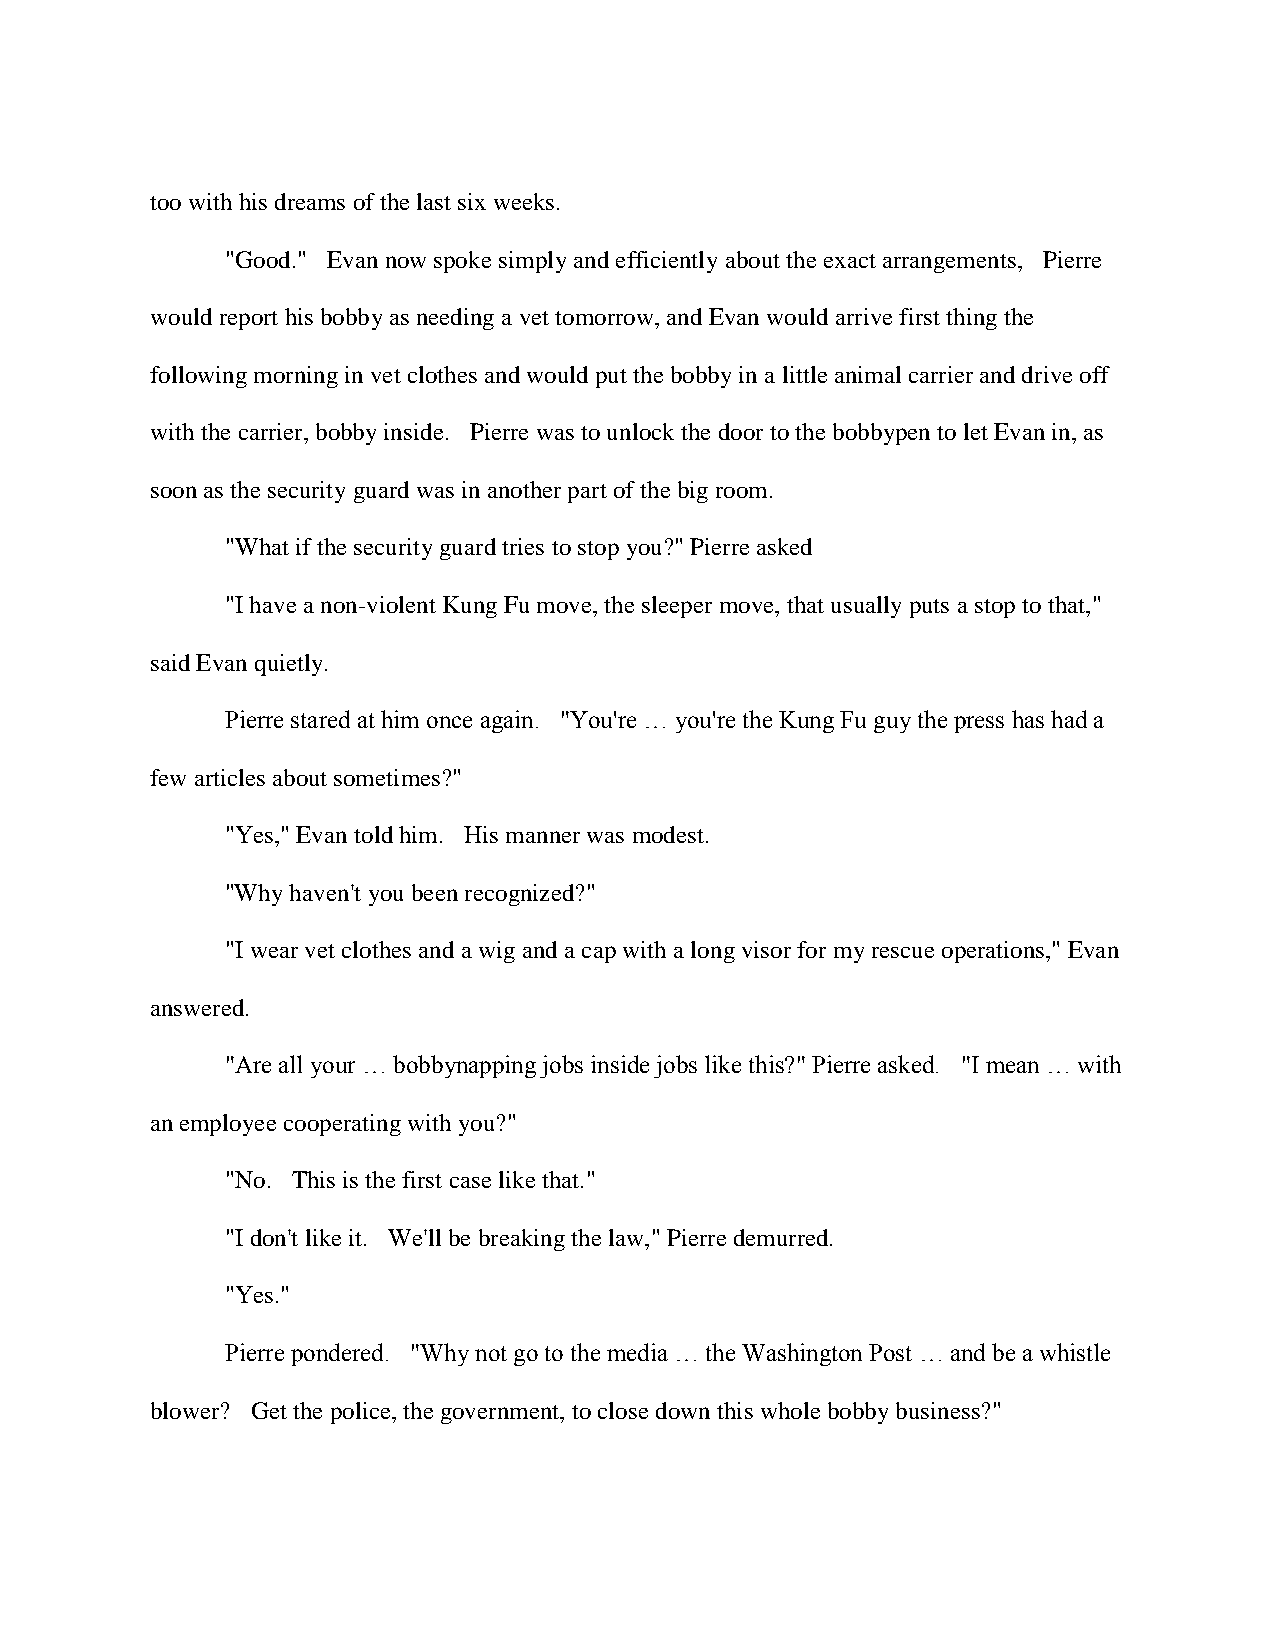
too with his dreams of the last six weeks.
 "Good." Evan now spoke simply and efficiently about the exact arrangements, Pierre
 would report his bobby as needing a vet tomorrow, and Evan would arrive first thing the
 following morning in vet clothes and would put the bobby in a little animal carrier and drive off
 with the carrier, bobby inside. Pierre was to unlock the door to the bobbypen to let Evan in, as
 soon as the security guard was in another part of the big room.
 "What if the security guard tries to stop you?" Pierre asked
 "I have a non-violent Kung Fu move, the sleeper move, that usually puts a stop to that,"
 said Evan quietly.
 Pierre stared at him once again. "You're … you're the Kung Fu guy the press has had a
 few articles about sometimes?"
 "Yes," Evan told him. His manner was modest.
 "Why haven't you been recognized?"
 "I wear vet clothes and a wig and a cap with a long visor for my rescue operations," Evan
 answered.
 "Are all your … bobbynapping jobs inside jobs like this?" Pierre asked. "I mean … with
 an employee cooperating with you?"
 "No. This is the first case like that."
 "I don't like it. We'll be breaking the law," Pierre demurred.
 "Yes."
 Pierre pondered. "Why not go to the media … the Washington Post … and be a whistle
 blower? Get the police, the government, to close down this whole bobby business?"